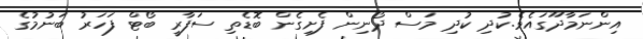
އިންނަމާދޫގައެވެ.ކުދި ކުދި މަސް ދޯނިން ފެށިގެން ބޮޑެތި ސަފާރީ ބޯޓް ފަހަރު ބަނުމުގެ